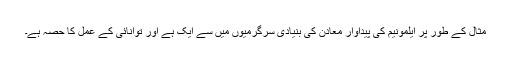
مثال کے طور پر ایلمونیم کی پیداوار معادن کی بنیادی سرگرمیوں میں سے ایک ہے اور توانائی کے عمل کا حصہ ہے۔